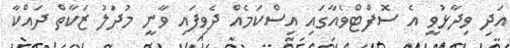
އަދި ވިދާޅުވީ އެ ސޮފްޓްވެއާގައި އިސްކަމެއް ދެވިފައި ވާނީ މުދަލު ޒަކާތް ދައްކާ